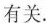
有关.